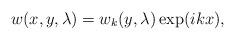
LaTeX: \begin{align*} w(x,y, \lambda)= w_k(y, \lambda) \exp(ikx),\end{align*}